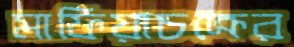
মাফিয়াচক্রের